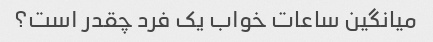
میانگین ساعات خواب یک فرد چقدر است؟